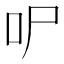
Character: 㕧